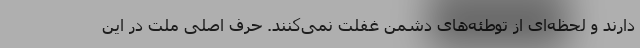
دارند و لحظه‌ای از توطئه‌های دشمن غفلت نمی‌کنند. حرف اصلی ملت در این